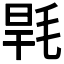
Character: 𣭸